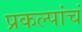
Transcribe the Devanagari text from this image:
प्रकल्पांचं